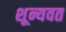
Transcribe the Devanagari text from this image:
शून्यवत